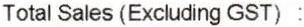
TOTAL SALES (EXCLUDING GST) :